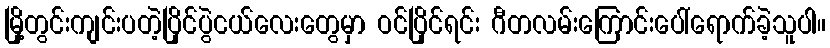
မြို့တွင်းကျင်းပတဲ့ပြိုင်ပွဲငယ်လေးတွေမှာ ဝင်ပြိုင်ရင်း ဂီတလမ်းကြောင်းပေါ်ရောက်ခဲ့သူပါ။